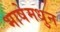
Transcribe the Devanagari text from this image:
भाषेमधुन